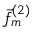
\vec { f } _ { m } ^ { ( 2 ) }